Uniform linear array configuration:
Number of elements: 4
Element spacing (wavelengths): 0.5
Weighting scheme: kaiser
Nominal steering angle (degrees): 30
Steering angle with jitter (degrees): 29.893
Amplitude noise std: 0.05
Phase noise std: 0.05

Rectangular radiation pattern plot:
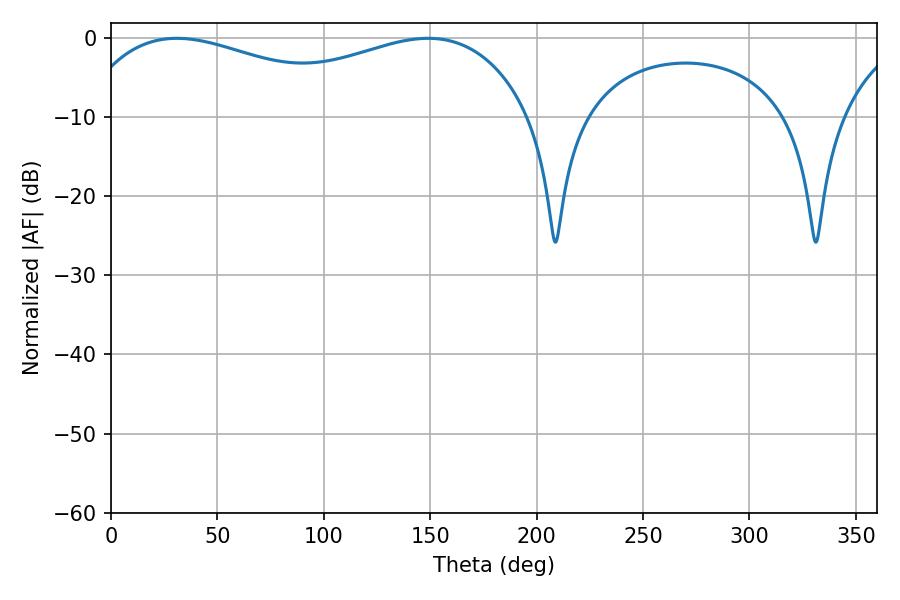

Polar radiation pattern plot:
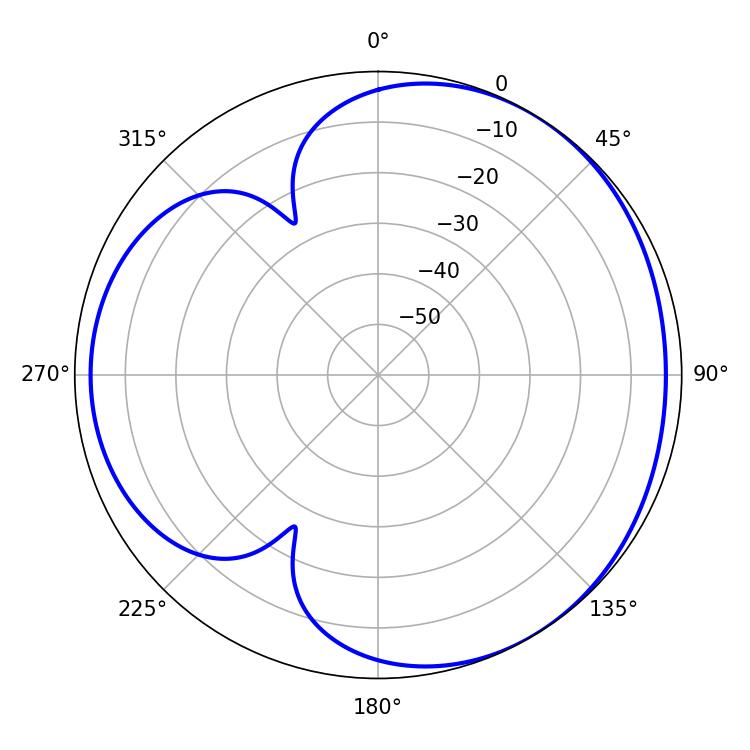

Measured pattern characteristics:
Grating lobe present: FALSE
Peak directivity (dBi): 3.512
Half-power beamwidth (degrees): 79.92
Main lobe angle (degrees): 30.96